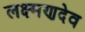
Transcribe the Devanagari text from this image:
लक्ष्‍मणदेव